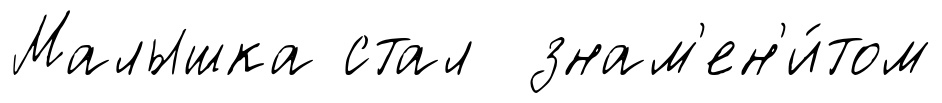
Малышка стал знам'ен'и́том